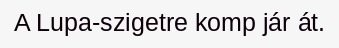
A Lupa-szigetre komp jár át.